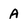
Character: A